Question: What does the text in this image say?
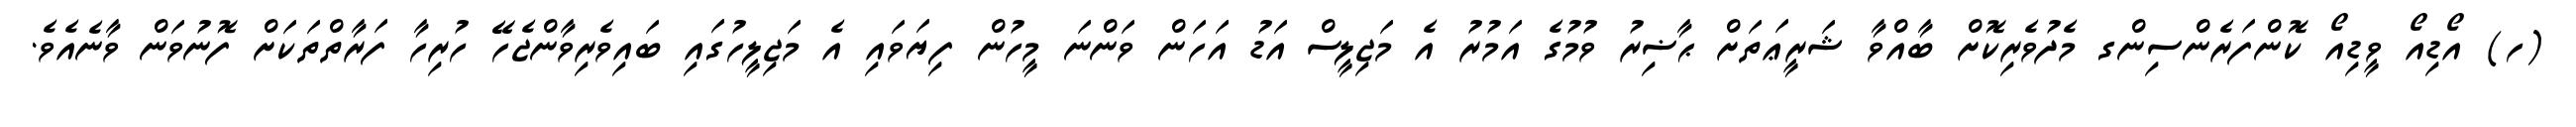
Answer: (ހ) އޯޑިއޯ ވީޑިއޯ ކޮންފަރެންސިންގ މެދުވެރިކޮށް ބާއްވާ ޝަރީޢަތަށް ޙާޟިރު ވުމުގެ އަމުރު އެ މަޖިލީސް އަޑު އަހަން ވަންނަ މީހުން ފިޔަވައި އެ މަޖިލީހުގައި ބައިވެރިވާންޖެހޭ ހުރިހާ ފަރާތްތަކަށް ފޮނުވަން ވާނެއެވެ.